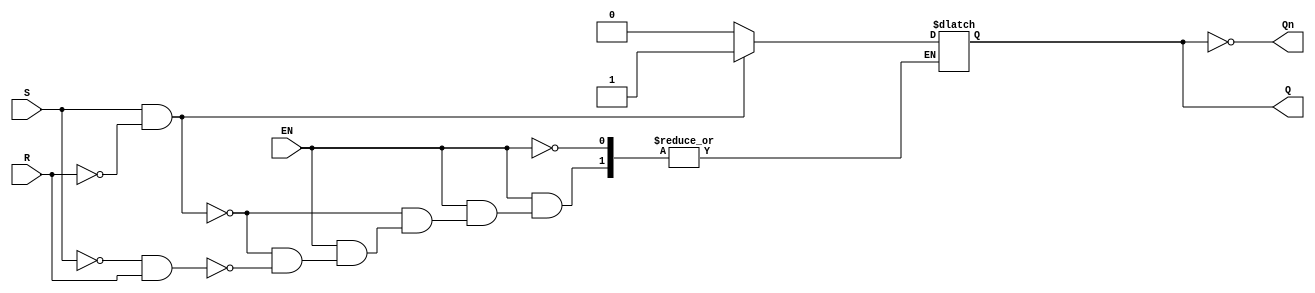
module GatedSRLatch (
    input wire S,      // Set input
    input wire R,      // Reset input
    input wire EN,     // Enable input
    output reg Q,      // Output Q
    output wire Qn     // Complementary output Q'
);

// Complementary output
assign Qn = ~Q;

// Always block to implement the gated SR latch behavior
always @(*) begin
    if (EN) begin
        if (S && !R) begin
            Q = 1;  // Set Q to 1
        end else if (!S && R) begin
            Q = 0;  // Reset Q to 0
        end else if (S && R) begin
            // Invalid state for SR latch, can be handled as needed
            // Here we can choose to do nothing or hold the previous state
            // Q remains unchanged
        end
        // If both S and R are low, Q remains unchanged
    end
    // If EN is low, Q retains its previous state
end

endmodule